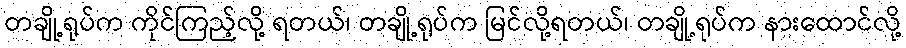
တချို့ရုပ်က ကိုင်ကြည့်လို့ ရတယ်၊ တချို့ရုပ်က မြင်လို့ရတယ်၊ တချို့ရုပ်က နားထောင်လို့